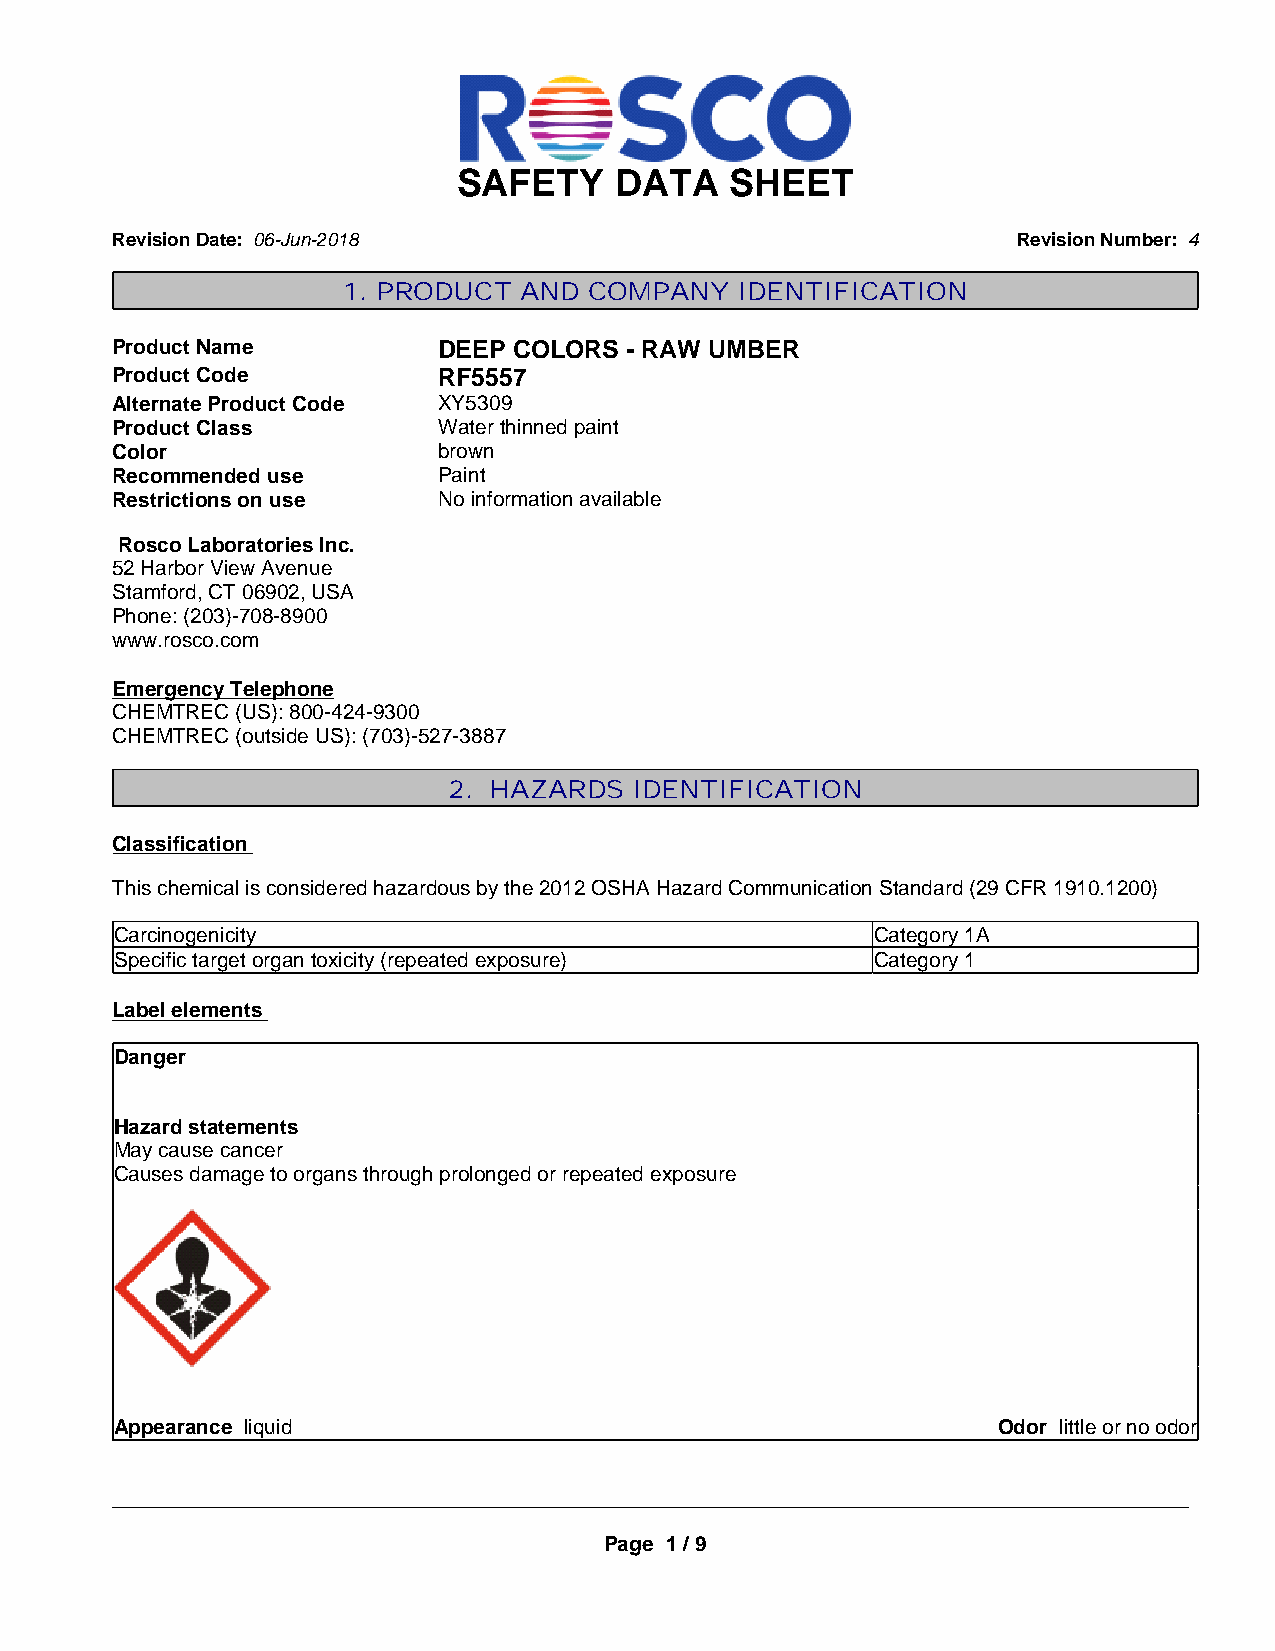
SAFETY     DATA   SHEET
 Revision Date: 06-Jun-2018                                  Revision Number: 4
 1. PRODUCT AND  COMPANY   IDENTIFICATION
 Product Name          DEEP COLORS  - RAW UMBER
 Product Code          RF5557
 Alternate Product Code XY5309
 Product Class         Water thinned paint
 Color                 brown
 Recommended use       Paint
 Restrictions on use   No information available
 Rosco Laboratories Inc.
 52 Harbor View Avenue
 Stamford, CT 06902, USA
 Phone: (203)-708-8900
 www.rosco.com
 Emergency Telephone
 CHEMTREC (US): 800-424-9300
 CHEMTREC (outside US): (703)-527-3887
 2. HAZARDS  IDENTIFICATION
 Classification
 This chemical is considered hazardous by the 2012 OSHA Hazard Communication Standard (29 CFR 1910.1200)
 Carcinogenicity                                   Category 1A
 Specific target organ toxicity (repeated exposure) Category 1
 Label elements
 Danger
 Hazard statements
 May cause cancer
 Causes damage to organs through prolonged or repeated exposure
 Appearance liquid                                         Odor little or no odor
 _____________________________________________________________________________________________
 Page 1 / 9